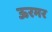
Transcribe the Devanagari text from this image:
ऊरमर